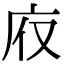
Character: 𢇯